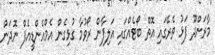
މާރަންދޫ ފަޅު ތެރޭގައި އޮތް ބޯޓެއްގައި އަލިފާން ރޯވުމާ ގުޅިގެން އެމްއެންޑީއެފް ނޮދަން